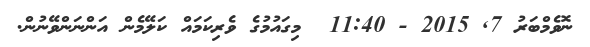
ނޮވެމްބަރު 7